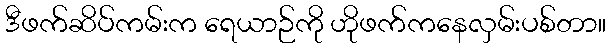
ဒီဖက်ဆိပ်ကမ်းက ရေယာဉ်ကို ဟိုဖက်ကနေလှမ်းပစ်တာ။